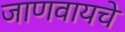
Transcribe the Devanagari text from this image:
जाणवायचे